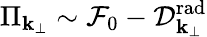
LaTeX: \Pi_{\mathbf{k}_{\perp}}\sim{\mathcal{F}}_{0}-{\mathcal{D}}_{\mathbf{k}_{\perp}}^{\mathrm{{rad}}}